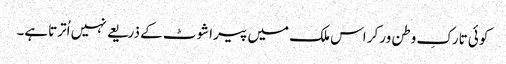
کوئی تارکِ وطن ورکر اس ملک میں پیراشوٹ کے ذریعے نہیں اُترتاہے۔